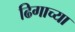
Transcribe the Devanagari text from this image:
ढिगाच्या